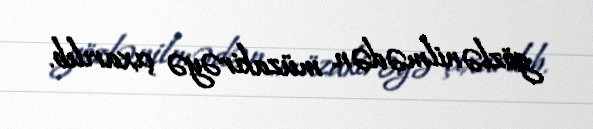
gözlənilmədən müzakirəyə çıxarılıb.